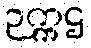
ဉက္ကဌ